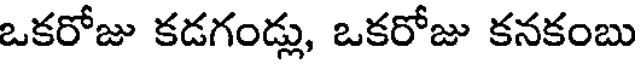
ఒకరోజు కడగండ్లు, ఒకరోజు కనకంబు